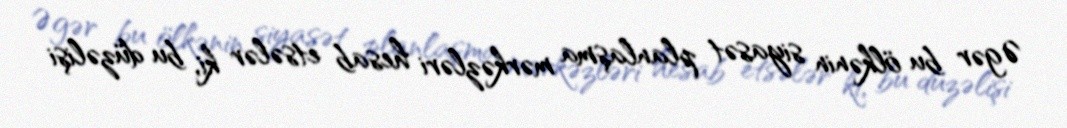
Əgər bu ölkənin siyasət planlaşma mərkəzləri hesab etsələr ki, bu düzəlişi